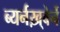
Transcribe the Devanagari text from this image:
ब्यर्नख़्वेर्ने